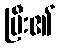
ပြီး၏